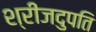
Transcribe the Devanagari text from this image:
श्रीजदुपति